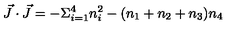
\vec { J } \cdot \vec { J } = - \Sigma _ { i = 1 } ^ { 4 } n _ { i } ^ { 2 } - ( n _ { 1 } + n _ { 2 } + n _ { 3 } ) n _ { 4 }